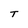
Character: T